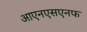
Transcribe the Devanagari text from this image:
आएनएसएनफ